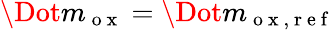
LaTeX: \Dot{m}_{\mathrm{~o~x~}}=\Dot{m}_{\mathrm{~o~x~,~r~e~f~}}